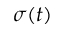
\sigma ( t )